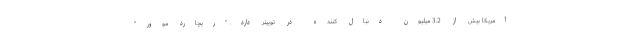
آمریکا بیش از 3.2 میلیون دنبال کننده در توییتر دارد. "ریچارد موور"